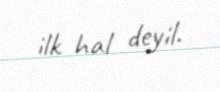
ilk hal deyil.